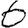
Digit: 6